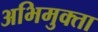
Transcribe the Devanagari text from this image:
अभिमुक्‍ता